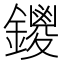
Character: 鑁